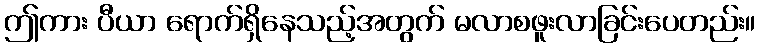
ဤကား ပီယာ ရောက်ရှိနေသည့်အတွက် မလာစဖူးလာခြင်းပေတည်း။